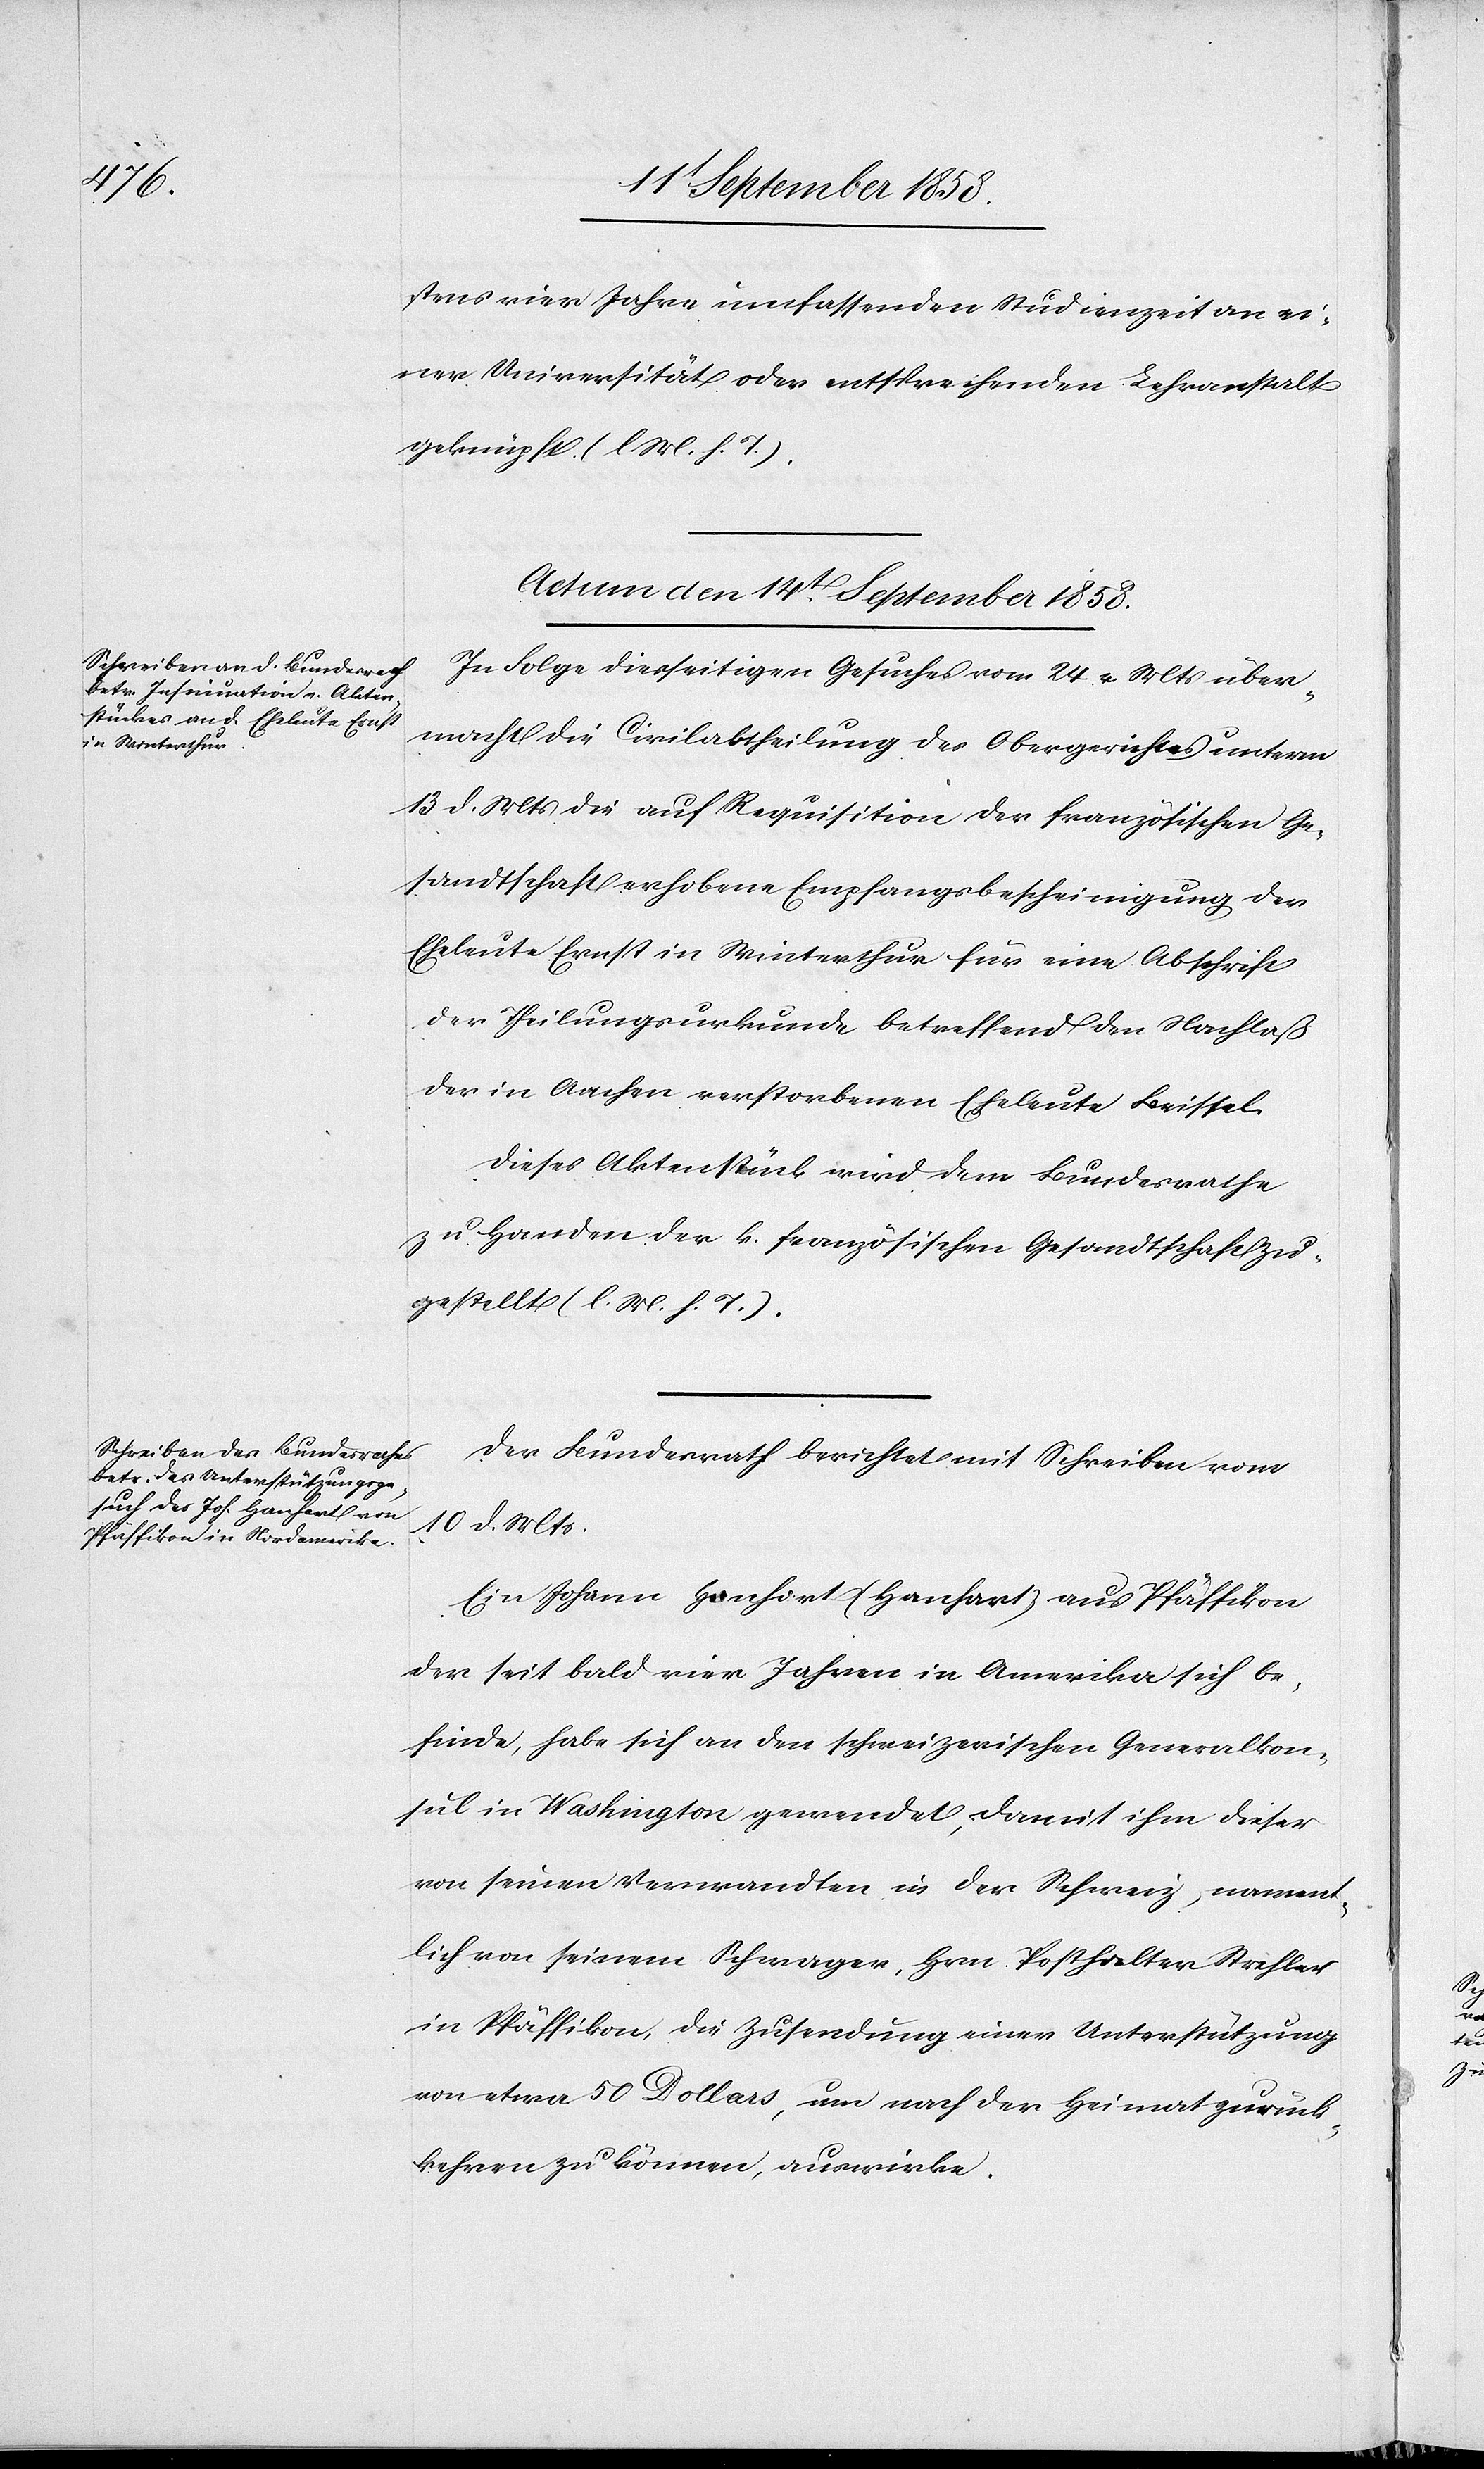
stens vier Jahre umfassenden Studienzeit an ei¬
ner Universität oder entsprechenden Lehranstalt
geknüpft. (l. M. h. T.)
Actum den 14t September 1858.]
In Folge diesseitigen Gesuches vom 24 v. Mts über¬
macht die Civilabtheilung des Obergerichtes unterm
13 d. Mts die auf Requisition der französischen Ge¬
sandtschaft erhobene Empfangsbescheinigung der
Eheleute Ernst in Winterthur für eine Abschrift
der Theilungsurkunde betreffend den Nachlaß
der in Aachen verstorbenen Eheleute Beissel.
Dieses Aktenstück wird dem Bundesrathe
zu Handen der k. französischen Gesandtschaft zu¬
gestellt (l. M. h. T.).
Der Bundesrath berichtet mit Schreiben vom
10 d. Mts.
Ein Johann Hanhort (Hanhart) aus Pfäffikon
der seit bald vier Jahren in Amerika sich be¬
finde, habe sich an den schweizerischen Generalkon¬
sul in Washington gewendet, damit ihm dieser
von seinen Verwandten in der Schweiz, nament¬
lich von seinem Schwager, Hrn. Posthalter Strehler
in Pfäffikon, die Zusendung einer Unterstützung
von etwa 50 Dollars, um nach der Heimat zurück¬
kehren zu können, auswirke.